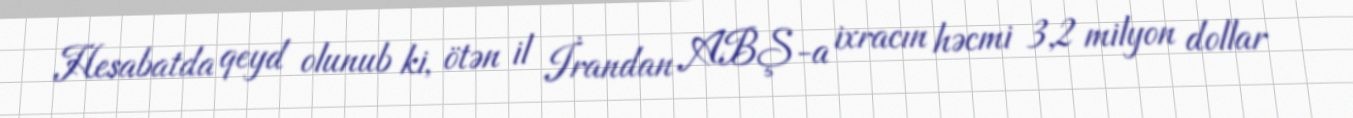
Hesabatda qeyd olunub ki, ötən il İrandan ABŞ-a ixracın həcmi 3,2 milyon dollar